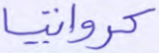
كرواتيا